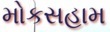
મોકસહામ